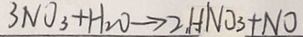
3 N O _ { 3 } + H _ { 2 } O \rightarrow 2 . H N O _ { 3 } + N O